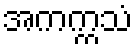
အကက္ကသံ